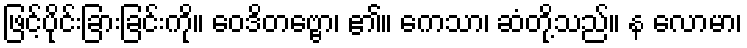
ဖြင့်ပိုင်းခြားခြင်းကို။ ဝေဒိတဗ္ဗော၊ ၏။ ကေသာ၊ ဆံတို့သည်။ န လောမာ၊